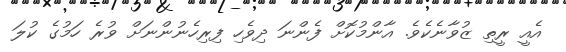
އެއީ ރީތި ޒުވާނެކެވެ. އާންމުކޮށް ފެންނަ ދިވެހި ފިރިހެނުންނަށް ވުރެ ހަމުގެ ކުލަ